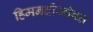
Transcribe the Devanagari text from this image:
हिमनदीसोबत